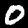
Label: 0